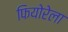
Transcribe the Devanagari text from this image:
फियोरेला